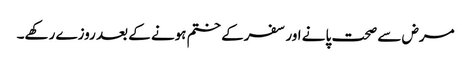
مرض سے صحت پانے اور سفرکے ختم ہونے کے بعد روزے رکھے۔